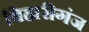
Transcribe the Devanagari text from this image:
बिहारीगंज